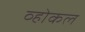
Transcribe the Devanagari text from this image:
व्होकल